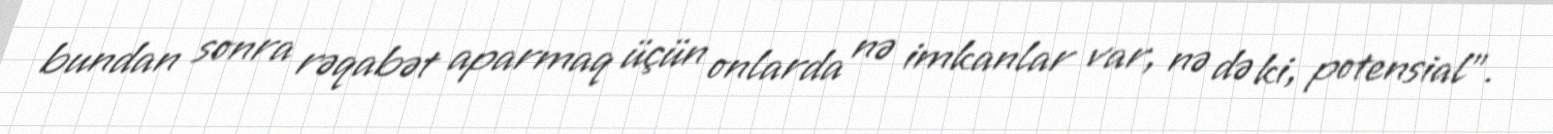
bundan sonra rəqabət aparmaq üçün onlarda nə imkanlar var, nə də ki, potensial”.